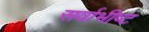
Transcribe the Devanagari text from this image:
सर्वाभीष्ट